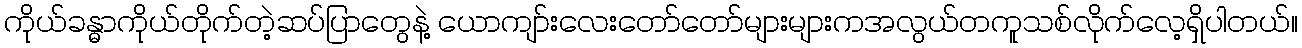
ကိုယ်ခန္ဓာကိုယ်တိုက်တဲ့ဆပ်ပြာတွေနဲ့ ယောကျာ်းလေးတော်တော်များများကအလွယ်တကူသစ်လိုက်လေ့ရှိပါတယ်။